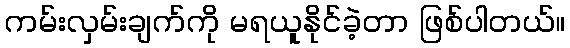
ကမ်းလှမ်းချက်ကို မရယူနိုင်ခဲ့တာ ဖြစ်ပါတယ်။